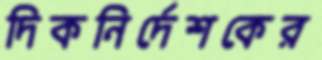
দিকনির্দেশকের